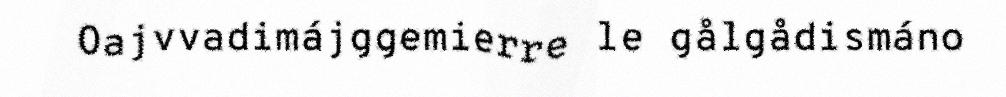
Oajvvadimájggemierre le gålgådismáno